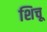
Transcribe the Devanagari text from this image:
शिचू